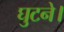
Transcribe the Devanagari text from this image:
घुटने।